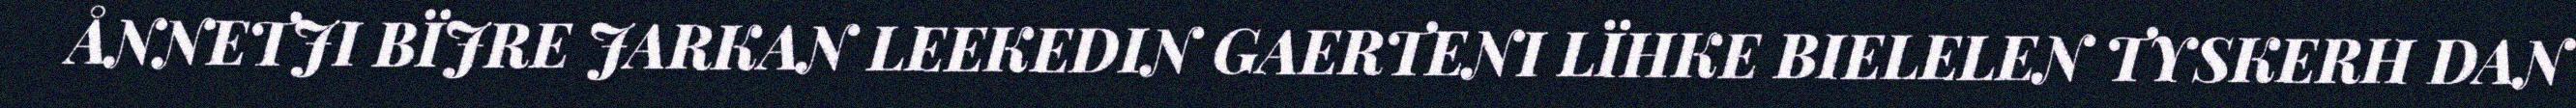
ÅNNETJI BÏJRE JARKAN LEEKEDIN GAERTENI LÏHKE BIELELEN TYSKERH DAN